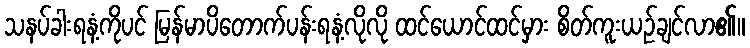
သနပ်ခါးရနံ့ကိုပင် မြန်မာပိတောက်ပန်းရနံ့လိုလို ထင်ယောင်ထင်မှား စိတ်ကူးယဉ်ချင်လာ၏။